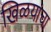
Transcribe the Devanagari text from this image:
खिळयांचा